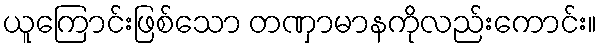
ယူကြောင်းဖြစ်သော တဏှာမာနကိုလည်းကောင်း။